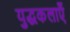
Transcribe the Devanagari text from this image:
युद्धकलाएँ